Civil Veterinary Department. Central Provinces & Berar 1925-31 - 1925-1931
Year: 1925
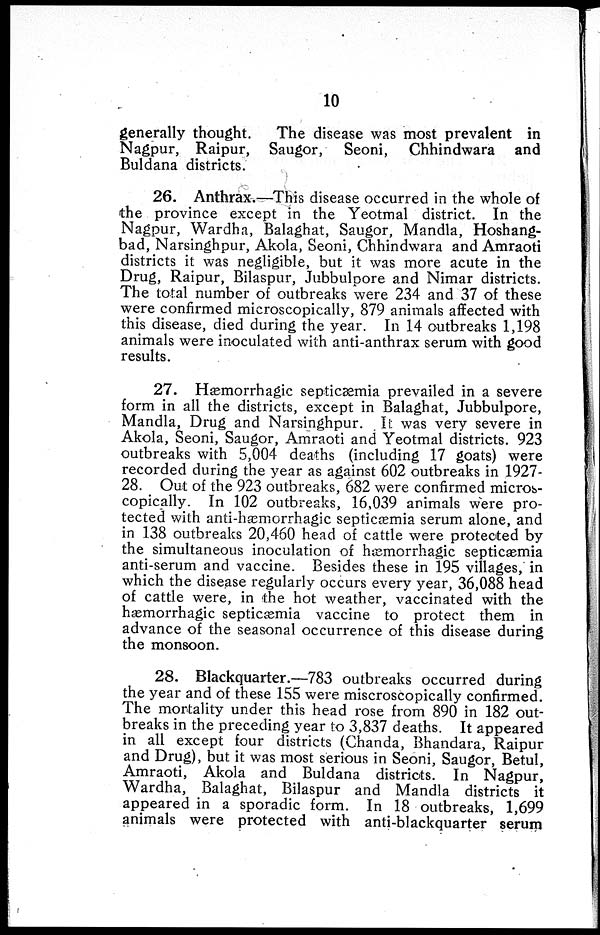
10
generally thought.
The disease was most prevalent in
Nagpur, Raipur, Saugor, Seoni, Chhindwara and
Buldana districts.
26. Anthrax.—This disease occurred in the whole of
the province except in the Yeotmal district. In the
Nagpur, Wardha, Balaghat, Saugor, Mandla, Hoshang-
bad, Narsinghpur, Akola, Seoni, Chhindwara and Amraoti
districts it was negligible, but it was more acute in the
Drug, Raipur, Bilaspur, Jubbulpore and Nimar districts.
The total number of outbreaks were 234 and 37 of these
were confirmed microscopically, 879 animals affected with
this disease, died during the year. In 14 outbreaks 1,198
animals were inoculated with anti-anthrax serum with good
results.
27. Hæmorrhagic septicæmia prevailed in a severe
form in all the districts, except in Balaghat, Jubbulpore,
Mandla, Drug and Narsinghpur. It was very severe in
Akola, Seoni, Saugor, Amraoti and Yeotmal districts. 923
outbreaks with 5,004 deaths (including 17 goats) were
recorded during the year as against 602 outbreaks in 1927-
28. Out of the 923 outbreaks, 682 were confirmed micros-
copically. In 102 outbreaks, 16,039 animals were pro-
tected with anti-hæmorrhagic septicæmia serum alone, and
in 138 outbreaks 20,460 head of cattle were protected by
the simultaneous inoculation of hæmorrhagic septicæmia
anti-serum and vaccine. Besides these in 195 villages, in
which the disease regularly occurs every year, 36,088 head
of cattle were, in the hot weather, vaccinated with the
hæmorrhagic septicæmia vaccine to protect them in
advance of the seasonal occurrence of this disease during
the monsoon.
28. Blackquarter.—783 outbreaks occurred during
the year and of these 155 were miscroscopically confirmed.
The mortality under this head rose from 890 in 182 out-
breaks in the preceding year to 3,837 deaths. It appeared
in all except four districts (Chanda, Bhandara, Raipur
and Drug), but it was most serious in Seoni, Saugor, Betul,
Amraoti, Akola and Buldana districts. In Nagpur,
Wardha, Balaghat, Bilaspur and Mandla districts it
appeared in a sporadic form. In 18 outbreaks, 1,699
animals were protected with anti-blackquarter serum